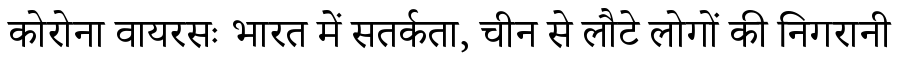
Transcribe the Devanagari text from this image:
कोरोना वायरसः भारत में सतर्कता, चीन से लौटे लोगों की निगरानी